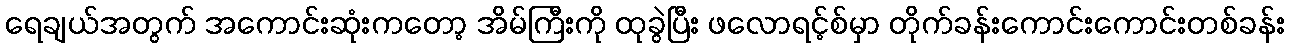
ရေချယ်အတွက် အကောင်းဆုံးကတော့ အိမ်ကြီးကို ထုခွဲပြီး ဖလောရင့်စ်မှာ တိုက်ခန်းကောင်းကောင်းတစ်ခန်း